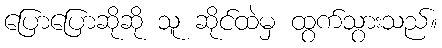
ပြောပြောဆိုဆို သူ ဆိုင်ထဲမှ ထွက်သွားသည်။